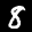
Label: 8